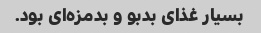
بسیار غذای بدبو و بدمزه‌ای بود.